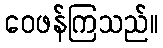
ဝေဖန်ကြသည်။